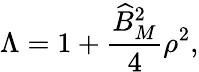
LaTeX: \Lambda=1+\frac{\widehat{B}_{M}^{2}}{4}\rho^{2},